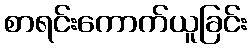
စာရင်းကောက်ယူခြင်း